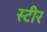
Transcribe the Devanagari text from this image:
स्टीर